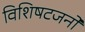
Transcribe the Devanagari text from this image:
विशिषटजनों